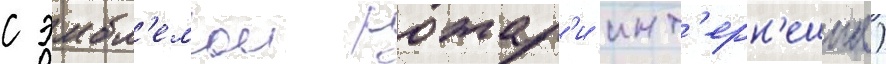
с эмбл'емои ротар'и инт'ерн'ешнл)